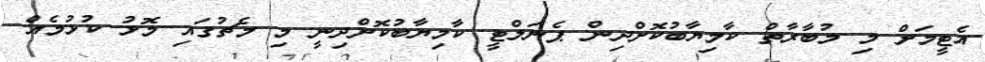
އެޓީމަށް މި މުބާރާތް ކާމިޔާބުކޮށްދިން ޕެނަލްޓީ ކާމިޔާބުކޮށްދިނީ މި މެޗުގައި މޮޅު ކުޅުމެއް